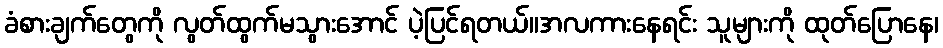
ခံစားချက်တွေကို လွတ်ထွက်မသွားအောင် ပဲ့ပြင်ရတယ်။အလကားနေရင်း သူများကို ထုတ်ပြောနေ၊